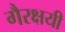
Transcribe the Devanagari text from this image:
गैरक्षयी